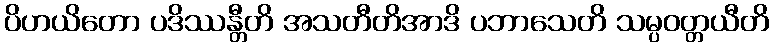
ပိဟယိတော ပဒိဿန္တီတိ အသတီတိအာဒိ ပဘာသေတိ သမ္ပဝတ္တယီတိ